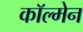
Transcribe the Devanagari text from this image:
काॅल्मेन